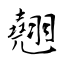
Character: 翹